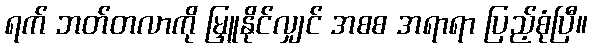
ရက် ဘတ်တလာကို မြှူနိုင်လျှင် အစစ အရာရာ ပြည့်စုံပြီ။